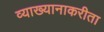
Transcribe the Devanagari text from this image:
व्याख्यानाकरीता